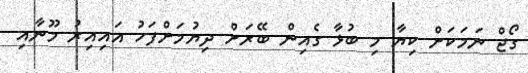
ގޯޖް ނަމަކަށް ކިޔާ މި ބުޅާ ގެއިން ބޭރަށް ދިޔުމަށްފަހު އައިއިރު މޫނާއި